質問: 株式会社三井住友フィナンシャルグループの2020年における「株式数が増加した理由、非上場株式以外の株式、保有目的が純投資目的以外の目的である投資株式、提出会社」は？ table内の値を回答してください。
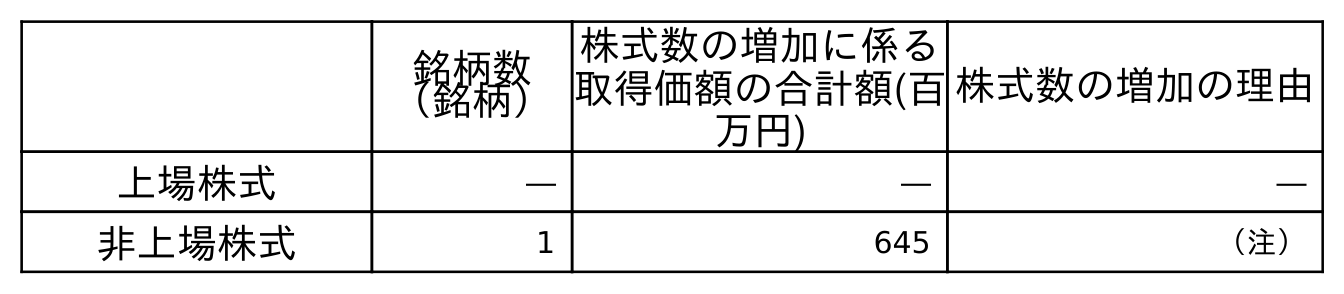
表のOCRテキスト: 銘柄数 （銘柄） 株式数の増加に係る 取得価額の合計額(百 万円) 株式数の増加の理由 上場株式 ― ― ― 非上場株式 1 645 （注）
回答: ―